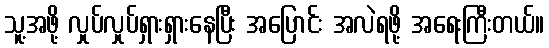
သူ့အဖို့ လှုပ်လှုပ်ရှားရှားနေပြီး အပြောင်း အလဲရဖို့ အရေးကြီးတယ်။